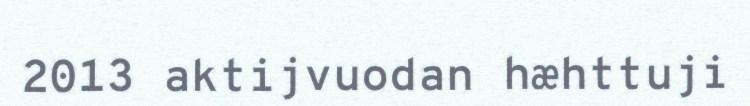
2013 aktijvuodan hæhttuji